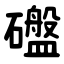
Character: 䃲